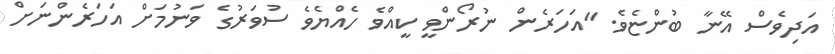
އަދިވެސް އޭނާ ބުންޏެވެ. "އަހަރެން ނުރޯންވީ ކީއްވެ ހެއްޔެވެ ސުވަރުގެ ވަނުމަށް އަހަރެންނަށް